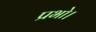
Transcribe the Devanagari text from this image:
प्रभो।